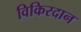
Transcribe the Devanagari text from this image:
विकिरदान